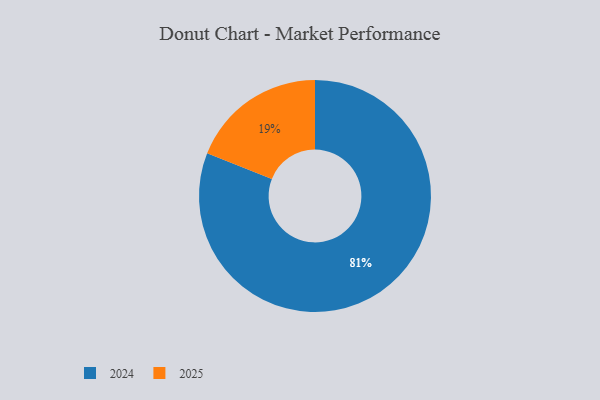
{"axis": {"x": "Category", "y": "Percentage"}, "legend": ["2024", "2025"], "data": [{"x": "2024", "y": 81, "type": "2024"}, {"x": "2025", "y": 19, "type": "2025"}]}